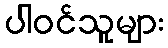
ပါဝင်သူများ